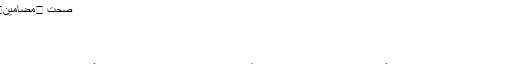
گنجے پن کا آسان نسخہ
صحت ⬅مضامین⬅مضامین⬅گنجے پن کا آسان نسخہ
ہمارا دماغ
پیچیدہ اور انمول مشین
آہستہ آہستہ کھائیں کیونکہ
ہر کوئی بہت ہی سمارٹ اور خوش کن نظر آنا چاہتا ہے اس لئے لوگ از خود ہی اپنی خوراک کا چارٹ بنالیتے ہیں یا پھر وزن کم کرنے والی گولیاں بازار سے خرید کر استعمال کرنا شروع کردیتے ہیں۔